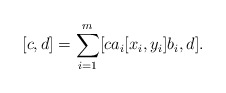
\begin{align*}[c,d]=\sum_{i=1}^m[ca_i[x_i,y_i]b_i,d].\end{align*}